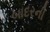
બાદરની